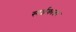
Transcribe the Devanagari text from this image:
स्पर्शकातर